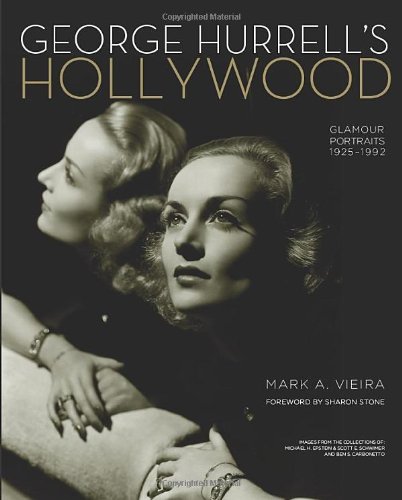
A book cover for George Hurrell's Hollywood: Glamour Portraits 1925-1992; Mark A. Vieira; Arts & Photography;